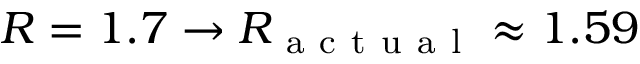
R = 1 . 7 \to R _ { \mathrm { ~ a ~ c ~ t ~ u ~ a ~ l ~ } } \approx 1 . 5 9